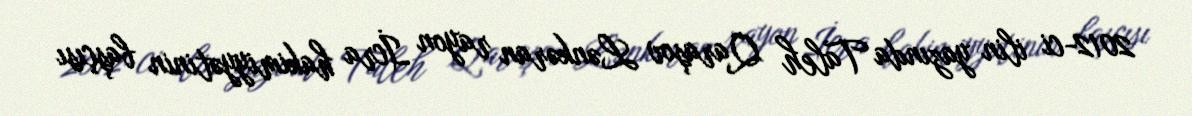
2012-ci ilin yazında Taleh Qaraşov Lənkəran rayon İcra hakimiyyətinin başçısı